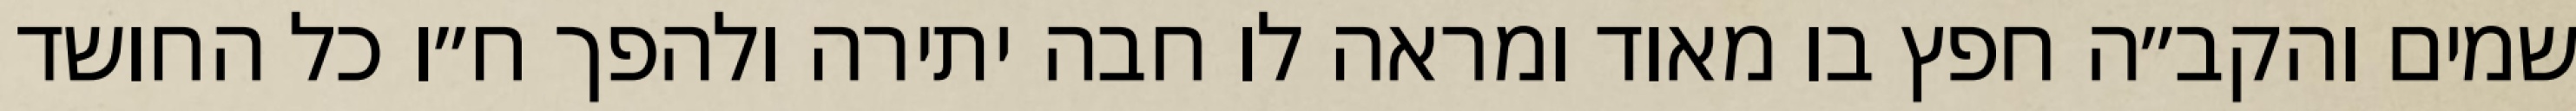
שמים והקב״ה חפץ בו מאוד ומראה לו חבה יתירה ולהפך ח״ו כל החושד